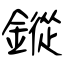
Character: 鏦